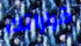
قراراتك